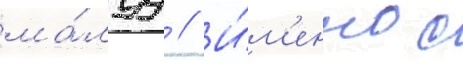
ма́луу // И́м'енно с